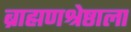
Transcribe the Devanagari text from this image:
ब्राह्मणश्रेष्ठाला